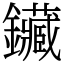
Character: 鑶